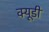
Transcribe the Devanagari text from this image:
क्यूडी